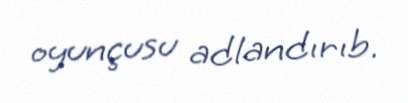
oyunçusu adlandırıb.